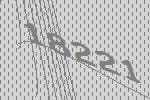
18221